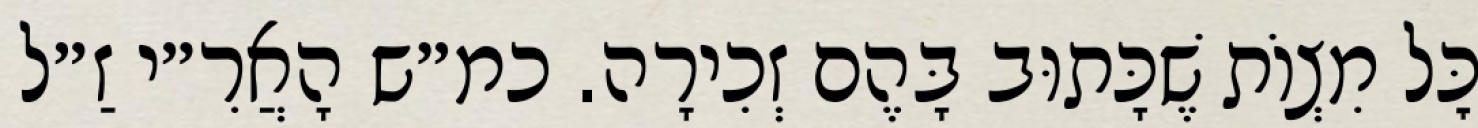
כׇּל מִצְוֹת שֶׁכָּתוּב בָּהֶם זְכִירָה. כמ״ש הָאֲרִ״י זַ״ל